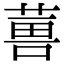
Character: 𮐇